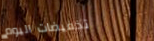
تخفيضات اليوم